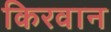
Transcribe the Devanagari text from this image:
किरवान